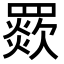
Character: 𦌗